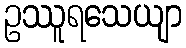
ဥဿူရသေယျာ